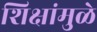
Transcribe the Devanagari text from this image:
शिक्षांमुळे